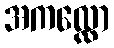
အကလ္လော